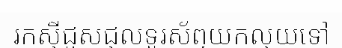
រកស៊ីជួសជុលទូរស័ព្ទយកលុយទៅ